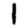
Digit: 1